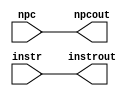
module if_id (
   output reg [31:0] instrout,       // Output of IF/ID Instruction Register
                       npcout,       // Output of IF/ID NPC Register
   input wire [31:0]    instr,       // Input of IF/ID Instruction Register
                          npc        // Input of IF/ID NPC Register
   );
   initial begin
      instrout <= 0;	// init values to 0 at beginning
      npcout   <= 0;	// ^^^
   end
   always @* begin
      #1 instrout <= instr;
           npcout <= npc;
   end
endmodule // if_id